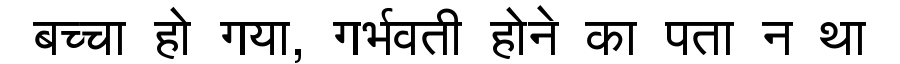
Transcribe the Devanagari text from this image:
बच्चा हो गया, गर्भवती होने का पता न था